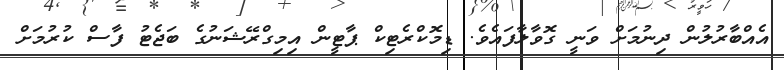
އެއްބާރުލުން ދިނުމަށް ވަނީ ގޮވާލާފައެވެ. ޑިމޮކްރެޓިކް ޕާޓީން އިމިގްރޭޝަނުގެ ބަޖެޓު ފާސް ކުރުމަށް